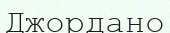
Джордано